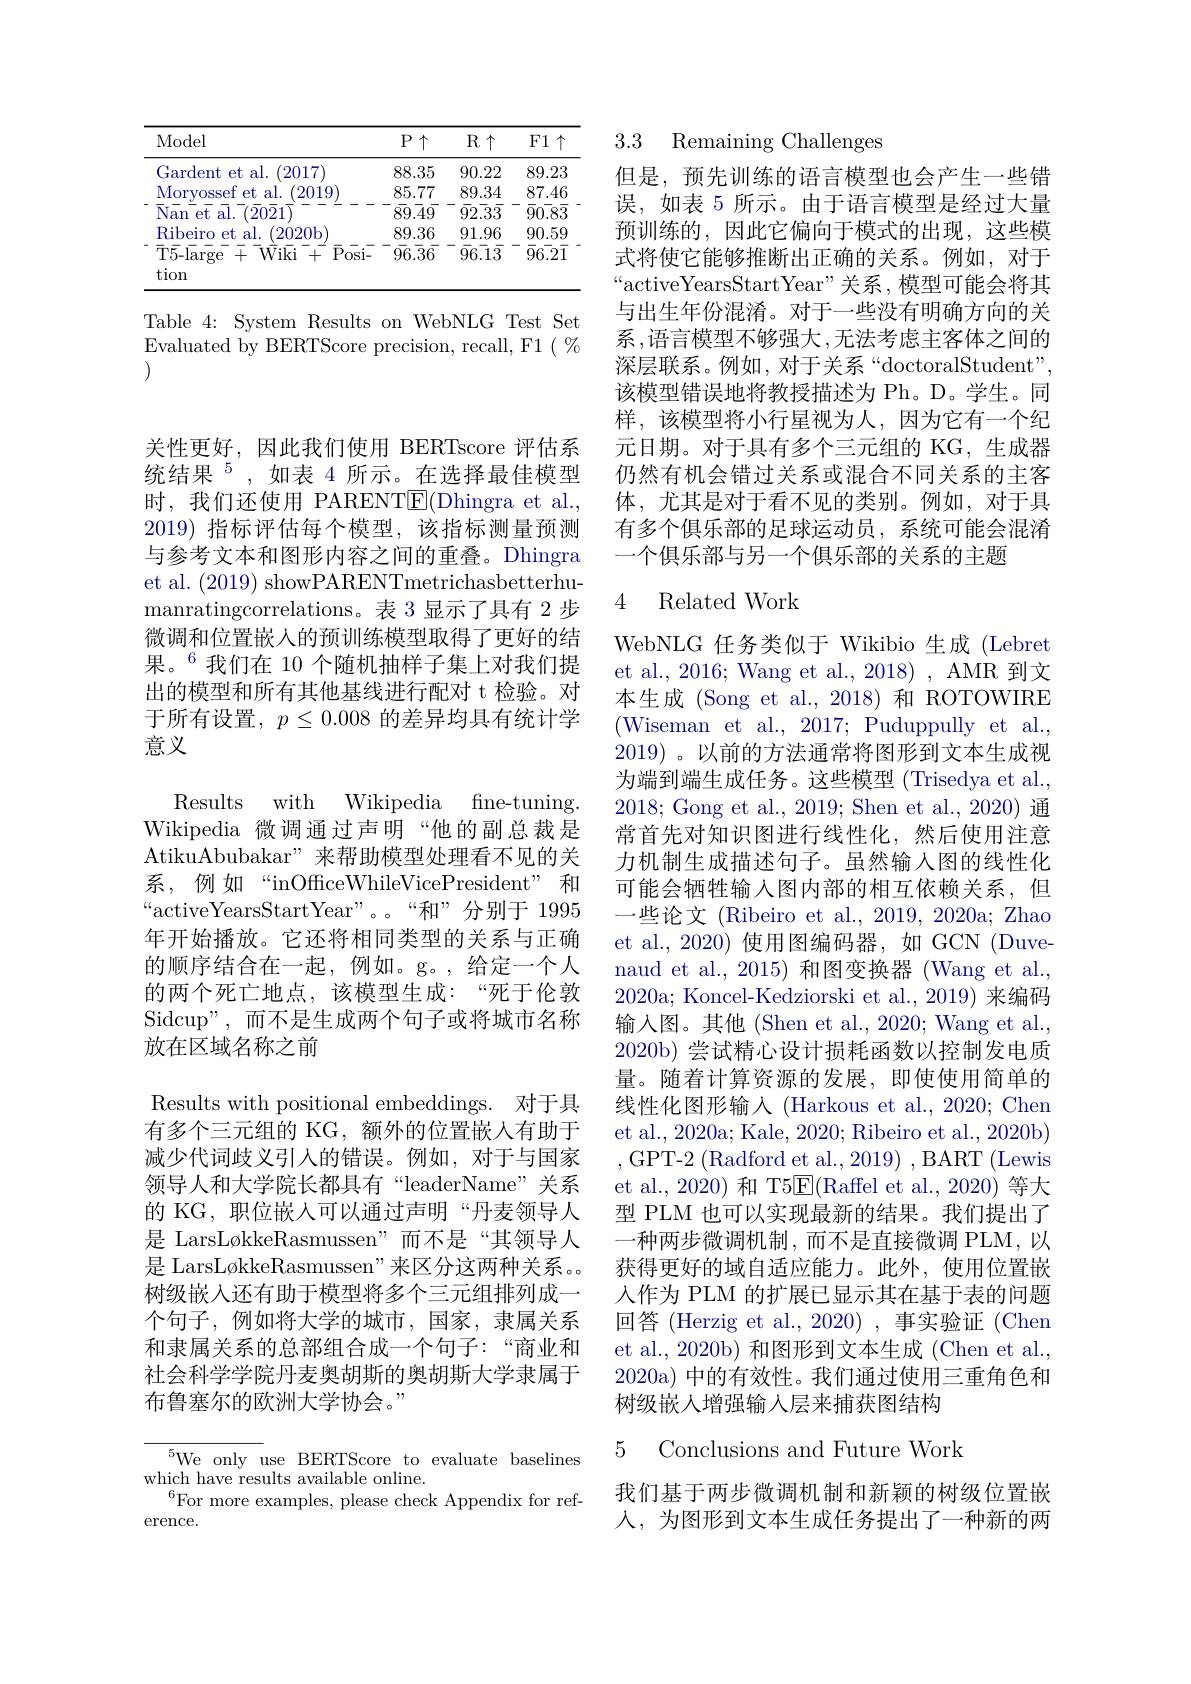
<table>
	<tbody>
		<tr>
			<th>Model</th>
			<th>$P\uparrow$</th>
			<th>$R\uparrow$</th>
			<th>F1 $\uparrow$ - 1 -</th>
		</tr>
		<tr>
			<td>Gardent t et al. ( $(2017^{.}$</td>
			<td>88.35</td>
			<td>90.22</td>
			<td>39.23</td>
		</tr>
	</tbody>
</table>

Table 4: System Results on WebNLG Test Set Evaluated by BERTScore precision, recall, F1 ( $\%$ (1)

关性更好，因此我们使用 BERTscore 评估系统结果$^{5}$,如表4所示。在选择最佳模型时，我们还使用 PARENT$\underline{\mathrm{E}}($Dhingra et al., 2019)指标评估每个模型，该指标测量预测与参考文本和图形内容之间的重叠。Dhingra et al. (2019) showPARENTmetrichasbetterhumanratingcorrelations。表 3 显示了具有 2 步微调和位置嵌入的预训练模型取得了更好的结果。$^{6}$我们在 10 个随机抽样子集上对我们提出的模型和所有其他基线进行配对 t 检验。对于所有设置，$p\leq0.008$的差异均具有统计学意义

Results with Wikipedia
fine- tuning
Wikipedia 微调通过声明“他的副总裁是AtikuAbubakar”来帮助模型处理看不见的关系，例如“inOfficeWhileVicePresident”和“activeYearsStartYear”。。“和”分别于 1995年开始播放。它还将相同类型的关系与正确的顺序结合在一起，例如。g。,给定一个人的两个死亡地点，该模型生成：“死于伦敦Sidcup",而不是生成两个句子或将城市名称放在区域名称之前
Results with positional embeddings. 对于具有多个三元组的 KG, 额外的位置嵌入有助于减少代词歧义引入的错误。例如，对于与国家领导人和大学院长都具有“leaderName”关系的 KG, 职位嵌入可以通过声明“丹麦领导人是 LarsLøkkeRasmussen"而不是“其领导人是 LarsLøkkeRasmussen"来区分这两种关系。树级嵌入还有助于模型将多个三元组排列成一个句子，例如将大学的城市，国家，隶属关系和隶属关系的总部组合成一个句子：“商业和社会科学学院丹麦奥胡斯的奥胡斯大学隶属于布鲁塞尔的欧洲大学协会。”
$^{5}$We only use BERTScore to evaluate baselines
which have results available online.

$^{6}$For more examples, please check Appendix for ref-
erence.

## 3.3 Remaining Challenges

但是，预先训练的语言模型也会产生一些错误，如表 5 所示。由于语言模型是经过大量预训练的，因此它偏向于模式的出现，这些模式将使它能够推断出正确的关系。例如，对于“activeYearsStartYear”关系，模型可能会将其与出生年份混淆。对于一些没有明确方向的关系，语言模型不够强大，无法考虑主客体之间的深层联系。例如，对于关系“doctoralStudent", 该模型错误地将教授描述为 Ph。D。学生。同样，该模型将小行星视为人，因为它有一个纪元日期。对于具有多个三元组的 KG, 生成器仍然有机会错过关系或混合不同关系的主客体，尤其是对于看不见的类别。例如，对于具有多个俱乐部的足球运动员，系统可能会混淆一个俱乐部与另一个俱乐部的关系的主题

## 4 Related Work

WebNLG 任务类似于 Wikibio 生成 (Lebret et al., 2016; Wang et al., 2018) , AMR 到文本生成 (Song et al.,2018)和 ROTOWIRE (Wiseman et al., 2017; Puduppully et al., 2019) 。以前的方法通常将图形到文本生成视为端到端生成任务。这些模型 (Trisedya et al., 2018; Gong et al., 2019; Shen et al., 2020) 通常首先对知识图进行线性化，然后使用注意力机制生成描述句子。虽然输入图的线性化可能会牺牲输入图内部的相互依赖关系，但一些论文 (Ribeiro et al., 2019, 2020a; Zhao et al., 2020) 使用图编码器，如 GCN (Duvenaud et al., 2015) 和图变换器 (Wang et al., 2020a; Koncel-Kedziorski et al., 2019) 来编码输入图。其他 (Shen et al., 2020; Wang et al., 2020b) 尝试精心设计损耗函数以控制发电质量。随着计算资源的发展，即使使用简单的线性化图形输入 (Harkous et al., 2020; Chen et al., 2020a; Kale, 2020; Ribeiro et al., 2020b) ,GPT-2(Radford et al.,2019),BART(Lewis et al., 2020) 和 T5$\overline{\mathrm{E}}($Raffel et al., 2020) 等大型 PLM 也可以实现最新的结果。我们提出了一种两步微调机制，而不是直接微调 PLM,以获得更好的域自适应能力。此外，使用位置嵌人作为 PLM 的扩展已显示其在基于表的问题回答 (Herzig et al.,2020) ,事实验证 (Chen et al., 2020b) 和图形到文本生成 (Chen et al., 2020a) 中的有效性。我们通过使用三重角色和树级嵌入增强输入层来捕获图结构

5 Conclusions and Future Work

我们基于两步微调机制和新颖的树级位置嵌人，为图形到文本生成任务提出了一种新的两